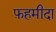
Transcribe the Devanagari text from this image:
फ़हमीदा